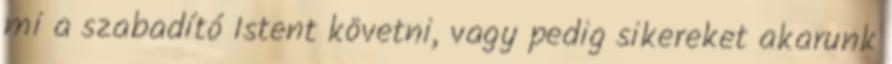
mi a szabadító Istent követni, vagy pedig sikereket akarunk